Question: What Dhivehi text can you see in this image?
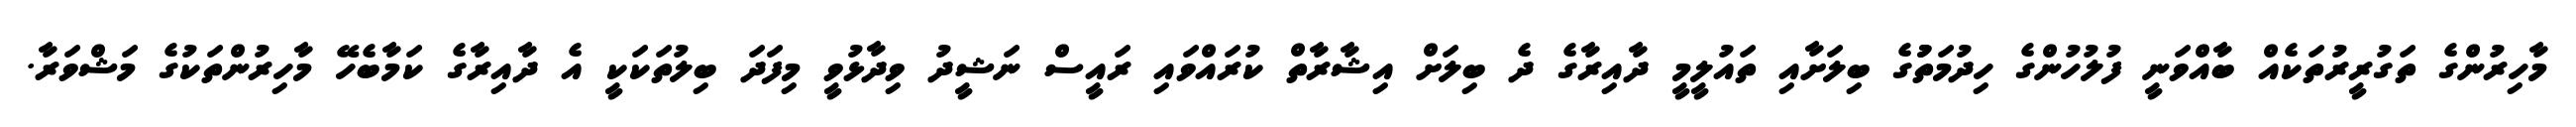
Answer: މާހިރުންގެ ތަގުރީރުތަކެއް ބާއްވަނީ ފުލުހުންގެ ހިދުމަތުުގެ ބިލަށާއި ތައުލީމީ ދާއިރާގެ ދެ ބިލަށް އިޝާރާތް ކުރައްވައި ރައީސް ނަޝީދު ވިދާޅުވީ މިފަދަ ބިލުތަކަކީ އެ ދާއިރާގެ ކަމާބެހޭ މާހިރުންތަކުގެ މަޝްވަރާ.